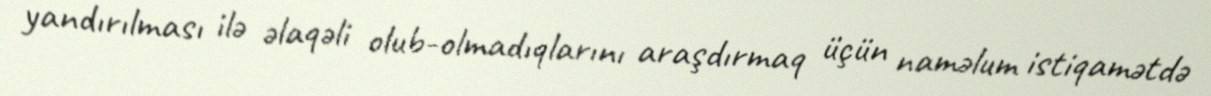
yandırılması ilə əlaqəli olub-olmadıqlarını araşdırmaq üçün naməlum istiqamətdə